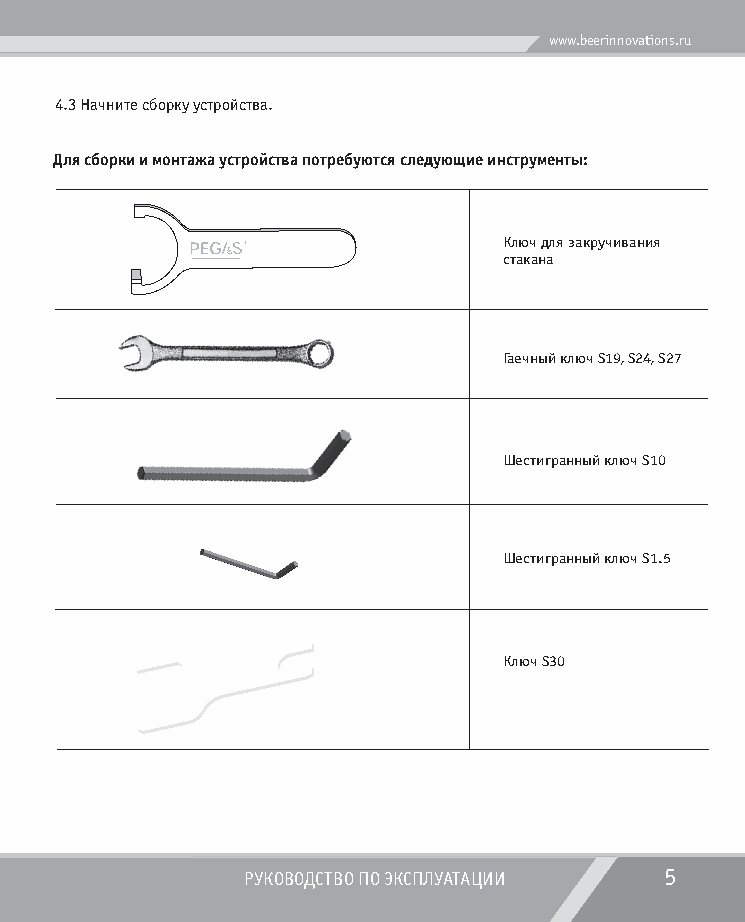
www.beerinnovations.ru
 4.3 Начните сборку устройства.
 Для сборки и монтажа устройства потребуются следующие инструменты:
 Ключ для закручивания
 стакана
 Гаечный ключ S19, S24, S27
 Шестигранный ключ S10
 Шестигранный ключ S1.5
 Ключ S30
 РУКОВОДСТВО ПО ЭКСПЛУАТАЦИИ 5